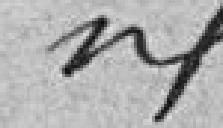
idem